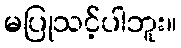
မပြုသင့်ပါဘူး။